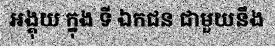
អង្គុយ ក្នុង ទី ឯកជន ជាមួយនឹង